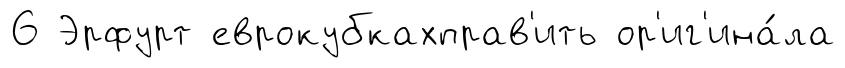
6 Эрфурт еврокубкахправ'ить ор'иг'ина́ла